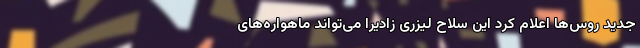
جدید روس‌ها اعلام کرد این سلاح لیزری زادیرا می‌تواند ماهواره‌های